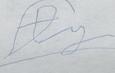
Signature authenticity: forged